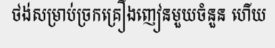
ថង់សម្រាប់ច្រកគ្រឿងញៀនមួយចំនួន ហើយ